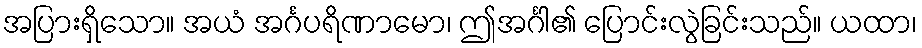
အပြားရှိသော။ အယံ အင်္ဂပရိဏာမော၊ ဤအင်္ဂါ၏ ပြောင်းလွဲခြင်းသည်။ ယထာ၊